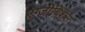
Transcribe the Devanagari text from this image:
एग्जीबिशंस